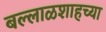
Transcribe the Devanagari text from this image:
बल्लाळशाहच्या